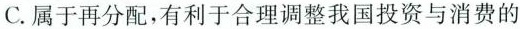
C.属于再分配，有利于合理调整我国投资与消费的